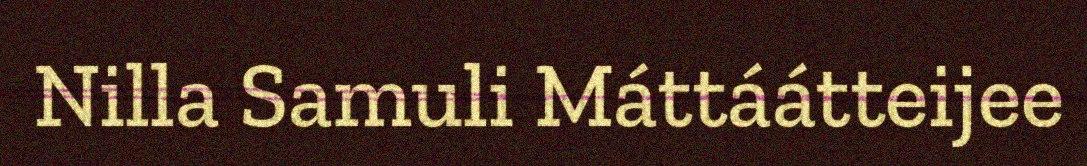
Nilla Samuli Máttáátteijee